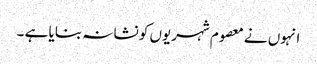
انہوں نے معصوم شہریوں کو نشانہ بنایا ہے ۔